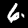
Digit: 6